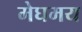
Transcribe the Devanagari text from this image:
मेघमय